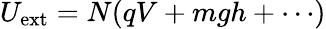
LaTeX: U_{\mathrm{ext}}=N(qV+mgh+\cdots)